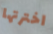
اخترتها